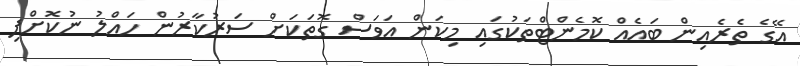
އޭގެ ތެރެއިން ބައެއް ކޮމެންޓްތަކުގައި މިކަން އަވަސް ގޮތަކަށް ސަރުކާރުން ހައްލު ނުކޮށްފި